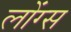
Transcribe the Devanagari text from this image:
लोंग्स